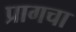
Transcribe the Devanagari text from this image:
प्रागचा